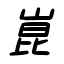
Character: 崑